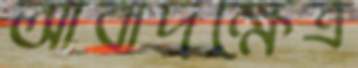
আবাদক্ষেত্র